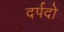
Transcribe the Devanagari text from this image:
दर्पदो